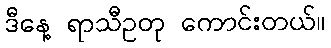
ဒီနေ့ ရာသီဥတု ကောင်းတယ်။